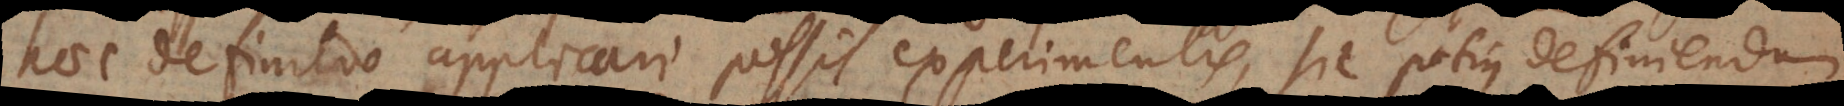
haec definitio applicari possit experimentis, sic potius definiendum